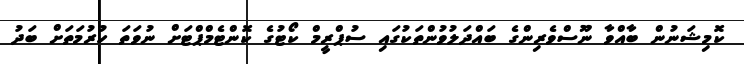
ކޮމިޝަނުން ބާއްވާ ނޫސްވެރިންގެ ބައްދަލުވުންތަކުގައި ސުޕްރީމް ކޯޓުގެ ކޮންޓެމްޕްޓަށް ނުވަތަ ހުރުމަތަށް ބަދު